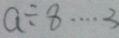
a \div 8 \cdots 3